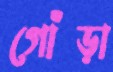
গোঁড়া